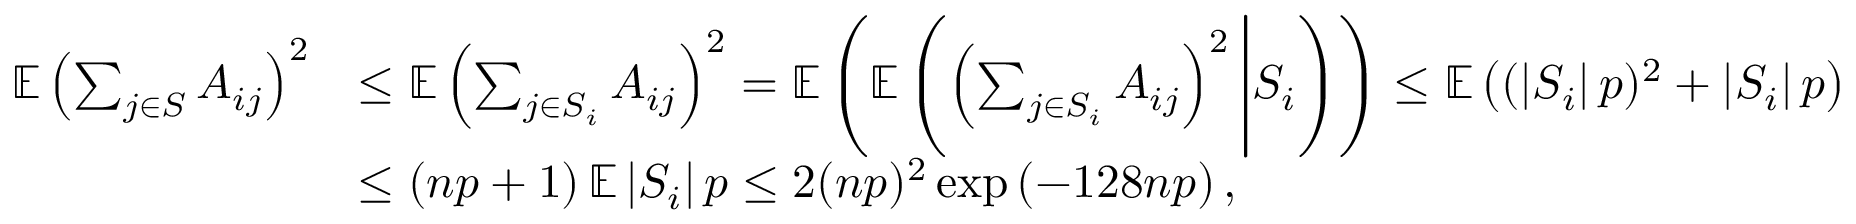
\begin{array} { r l } { \mathbb { E } \left( \sum _ { j \in S } A _ { i j } \right) ^ { 2 } } & { \leq \mathbb { E } \left( \sum _ { j \in S _ { i } } A _ { i j } \right) ^ { 2 } = \mathbb { E } \left( \mathbb { E } \left( \left( \sum _ { j \in S _ { i } } A _ { i j } \right) ^ { 2 } \Bigg | S _ { i } \right) \right) \leq \mathbb { E } \left( ( \left| S _ { i } \right| p ) ^ { 2 } + \left| S _ { i } \right| p \right) } \\ & { \leq \left( n p + 1 \right) \mathbb { E } \left| S _ { i } \right| p \leq 2 ( n p ) ^ { 2 } \exp \left( - 1 2 8 n p \right) , } \end{array}